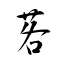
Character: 茖